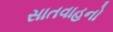
સાતવાહનો